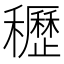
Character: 𥤀